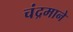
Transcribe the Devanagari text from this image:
चंद्रमाने